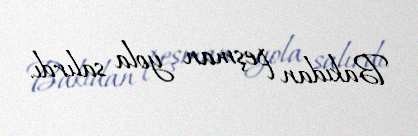
Bakıdan peşman yola salırdı.